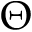
\boldsymbol { \Theta }